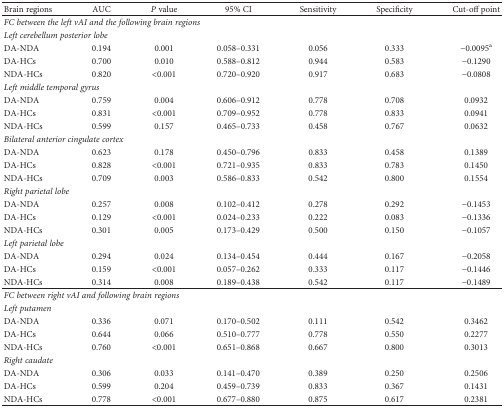
<table><thead><tr><td><b>Brain regions</b></td><td><b>AUC</b></td><td><b><i>P</i> value</b></td><td><b>95% CI</b></td><td><b>Sensitivity</b></td><td><b>Specificity</b></td><td><b>Cut-off point</b></td></tr></thead><tbody><tr><td colspan="7"><i>FC between the left vAI and the following brain regions</i></td></tr><tr><td colspan="7"><i>Left cerebellum posterior lobe</i></td></tr><tr><td>DA-NDA</td><td>0.194</td><td>0.001</td><td>0.058–0.331</td><td>0.056</td><td>0.333</td><td>−0.0095<sup>a</sup></td></tr><tr><td>DA-HCs</td><td>0.700</td><td>0.010</td><td>0.588–0.812</td><td>0.944</td><td>0.583</td><td>−0.1290</td></tr><tr><td>NDA-HCs</td><td>0.820</td><td>&lt;0.001</td><td>0.720–0.920</td><td>0.917</td><td>0.683</td><td>−0.0808</td></tr><tr><td colspan="7"><i>Left middle temporal gyrus</i></td></tr><tr><td>DA-NDA</td><td>0.759</td><td>0.004</td><td>0.606–0.912</td><td>0.778</td><td>0.708</td><td>0.0932</td></tr><tr><td>DA-HCs</td><td>0.831</td><td>&lt;0.001</td><td>0.709–0.952</td><td>0.778</td><td>0.833</td><td>0.0941</td></tr><tr><td>NDA-HCs</td><td>0.599</td><td>0.157</td><td>0.465–0.733</td><td>0.458</td><td>0.767</td><td>0.0632</td></tr><tr><td colspan="7"><i>Bilateral anterior cingulate cortex</i></td></tr><tr><td>DA-NDA</td><td>0.623</td><td>0.178</td><td>0.450–0.796</td><td>0.833</td><td>0.458</td><td>0.1389</td></tr><tr><td>DA-HCs</td><td>0.828</td><td>&lt;0.001</td><td>0.721–0.935</td><td>0.833</td><td>0.783</td><td>0.1450</td></tr><tr><td>NDA-HCs</td><td>0.709</td><td>0.003</td><td>0.586–0.833</td><td>0.542</td><td>0.800</td><td>0.1554</td></tr><tr><td colspan="7"><i>Right parietal lobe</i></td></tr><tr><td>DA-NDA</td><td>0.257</td><td>0.008</td><td>0.102–0.412</td><td>0.278</td><td>0.292</td><td>−0.1453</td></tr><tr><td>DA-HCs</td><td>0.129</td><td>&lt;0.001</td><td>0.024–0.233</td><td>0.222</td><td>0.083</td><td>−0.1336</td></tr><tr><td>NDA-HCs</td><td>0.301</td><td>0.005</td><td>0.173–0.429</td><td>0.500</td><td>0.150</td><td>−0.1057</td></tr><tr><td colspan="7"><i>Left parietal lobe</i></td></tr><tr><td>DA-NDA</td><td>0.294</td><td>0.024</td><td>0.134–0.454</td><td>0.444</td><td>0.167</td><td>−0.2058</td></tr><tr><td>DA-HCs</td><td>0.159</td><td>&lt;0.001</td><td>0.057–0.262</td><td>0.333</td><td>0.117</td><td>−0.1446</td></tr><tr><td>NDA-HCs</td><td>0.314</td><td>0.008</td><td>0.189–0.438</td><td>0.542</td><td>0.117</td><td>−0.1489</td></tr><tr><td colspan="7"><i>FC between right vAI and following brain regions</i></td></tr><tr><td colspan="7"><i>Left putamen</i></td></tr><tr><td>DA-NDA</td><td>0.336</td><td>0.071</td><td>0.170–0.502</td><td>0.111</td><td>0.542</td><td>0.3462</td></tr><tr><td>DA-HCs</td><td>0.644</td><td>0.066</td><td>0.510–0.777</td><td>0.778</td><td>0.550</td><td>0.2277</td></tr><tr><td>NDA-HCs</td><td>0.760</td><td>&lt;0.001</td><td>0.651–0.868</td><td>0.667</td><td>0.800</td><td>0.3013</td></tr><tr><td colspan="7"><i>Right caudate</i></td></tr><tr><td>DA-NDA</td><td>0.306</td><td>0.033</td><td>0.141–0.470</td><td>0.389</td><td>0.250</td><td>0.2506</td></tr><tr><td>DA-HCs</td><td>0.599</td><td>0.204</td><td>0.459–0.739</td><td>0.833</td><td>0.367</td><td>0.1431</td></tr><tr><td>NDA-HCs</td><td>0.778</td><td>&lt;0.001</td><td>0.677–0.880</td><td>0.875</td><td>0.617</td><td>0.2381</td></tr></tbody></table>